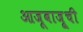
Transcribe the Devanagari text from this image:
आजूबाजू्ची